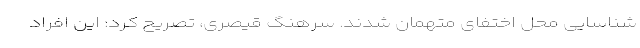
شناسایی محل اختفای متهمان شدند. سرهنگ قیصری، تصریح کرد: این افراد